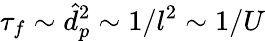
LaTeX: \tau_{f}\sim\hat{d}_{p}^{2}\sim 1/l^{2}\sim 1/U